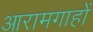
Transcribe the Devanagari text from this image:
आरामगाहों